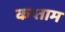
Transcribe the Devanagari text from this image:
कप्ताम